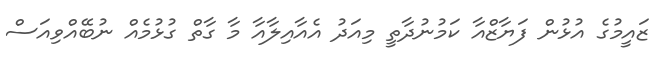
ޒައީމުގެ އުޅުން ފަޔާޒްއާ ކަމުނުދާތީ މިއަދު އެއާއިލާއާ މާ ގާތް ގުޅުމެއް ނުބޭއްވިއަސް